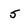
Character: 5